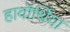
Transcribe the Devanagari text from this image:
हावॉर्थिया